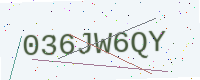
Text: 036JW6QY